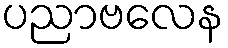
ပညာဗလေန